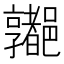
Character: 𰼁